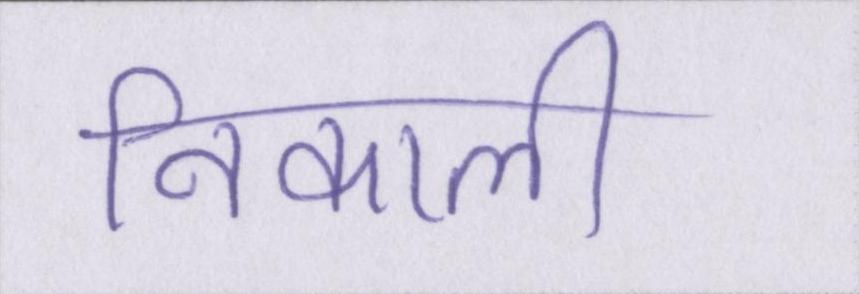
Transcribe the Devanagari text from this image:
निकाली